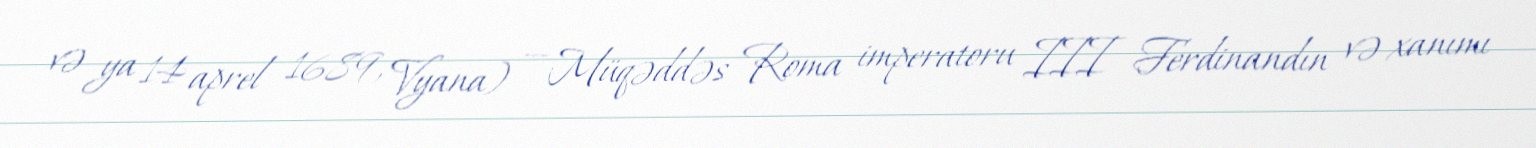
və ya 14 aprel 1689, Vyana) — Müqəddəs Roma imperatoru III Ferdinandın və xanımı